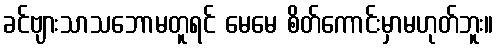
ခင်ဗျားသာသဘောမတူရင် မေမေ စိတ်ကောင်းမှာမဟုတ်ဘူး။